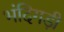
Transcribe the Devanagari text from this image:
भंदिगड़ी